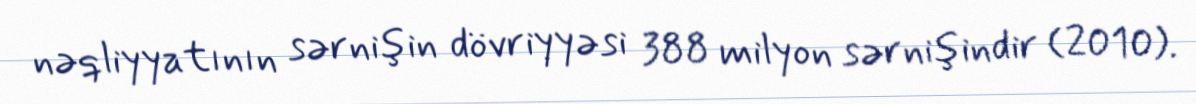
nəqliyyatının sərnişin dövriyyəsi 388 milyon sərnişindir (2010).